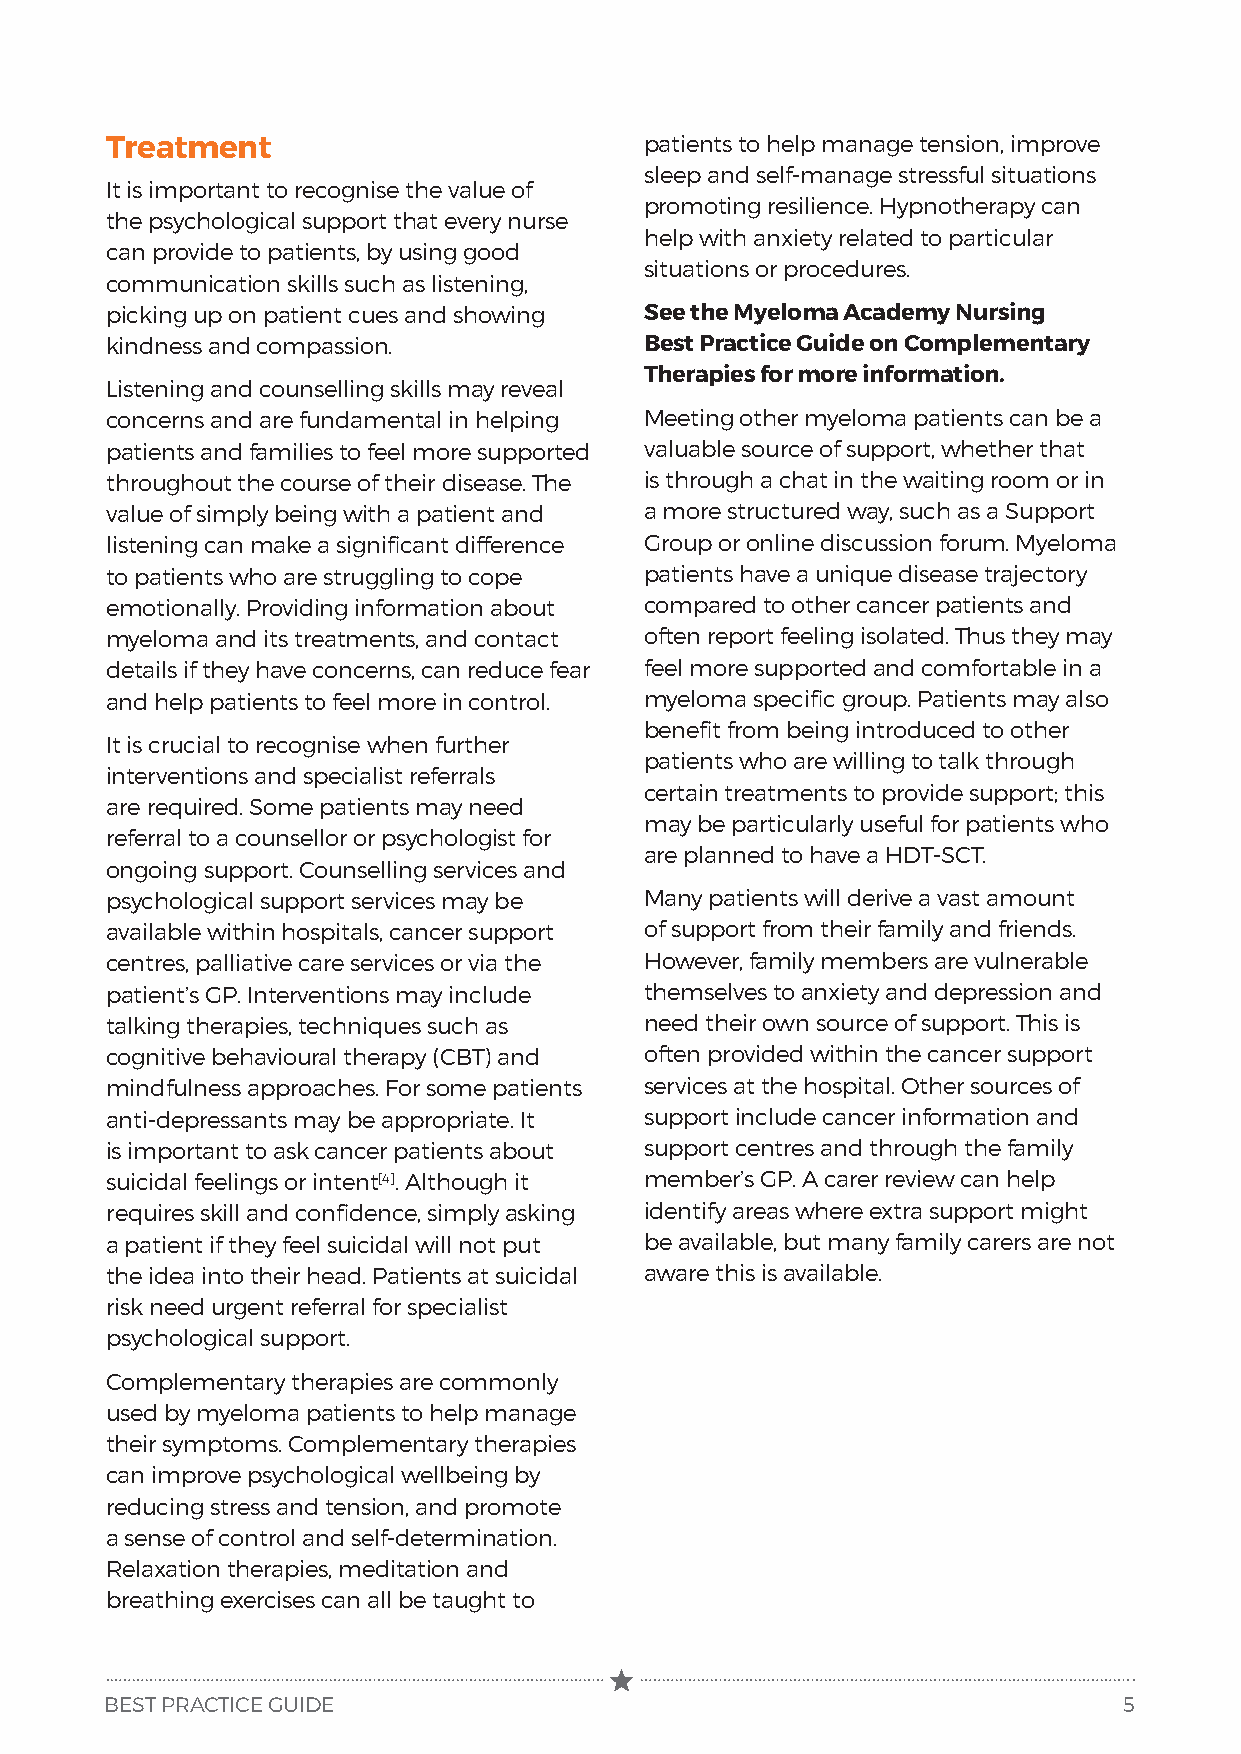
Treatment                           patients to help manage tension, improve
 sleep and self-manage stressful situations
 It is important to recognise the value of
 promoting resilience. Hypnotherapy can
 the psychological support that every nurse
 help with anxiety related to particular
 can provide to patients, by using good
 situations or procedures.
 communication skills such as listening,
 picking up on patient cues and showing See the Myeloma Academy Nursing
 kindness and compassion.            Best Practice Guide on Complementary
 Therapies for more information.
 Listening and counselling skills may reveal
 concerns and are fundamental in helping Meeting other myeloma patients can be a
 patients and families to feel more supported valuable source of support, whether that
 throughout the course of their disease. The is through a chat in the waiting room or in
 value of simply being with a patient and a more structured way, such as a Support
 listening can make a significant difference Group or online discussion forum. Myeloma
 to patients who are struggling to cope patients have a unique disease trajectory
 emotionally. Providing information about compared to other cancer patients and
 myeloma and its treatments, and contact often report feeling isolated. Thus they may
 details if they have concerns, can reduce fear feel more supported and comfortable in a
 and help patients to feel more in control. myeloma specific group. Patients may also
 benefit from being introduced to other
 It is crucial to recognise when further
 patients who are willing to talk through
 interventions and specialist referrals
 certain treatments to provide support; this
 are required. Some patients may need
 may be particularly useful for patients who
 referral to a counsellor or psychologist for
 are planned to have a HDT-SCT.
 ongoing support. Counselling services and
 psychological support services may be Many patients will derive a vast amount
 available within hospitals, cancer support of support from their family and friends.
 centres, palliative care services or via the However, family members are vulnerable
 patient’s GP. Interventions may include themselves to anxiety and depression and
 talking therapies, techniques such as need their own source of support. This is
 cognitive behavioural therapy (CBT) and often provided within the cancer support
 mindfulness approaches. For some patients services at the hospital. Other sources of
 anti-depressants may be appropriate. It support include cancer information and
 is important to ask cancer patients about support centres and through the family
 suicidal feelings or intent[4]. Although it member’s GP. A carer review can help
 requires skill and confidence, simply asking identify areas where extra support might
 a patient if they feel suicidal will not put be available, but many family carers are not
 the idea into their head. Patients at suicidal aware this is available.
 risk need urgent referral for specialist
 psychological support.
 Complementary therapies are commonly
 used by myeloma patients to help manage
 their symptoms. Complementary therapies
 can improve psychological wellbeing by
 reducing stress and tension, and promote
 a sense of control and self-determination.
 Relaxation therapies, meditation and
 breathing exercises can all be taught to
 BEST PRACTICE GUIDE                                                5